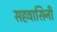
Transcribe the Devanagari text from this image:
सहवासिनी